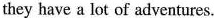
they have a lot of adventures.